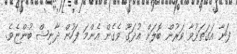
ފަނާ އަގަތަޅުވާ ވަރުން ބޮލަށް އުދަގޫ ވެގެން އެންމަ ފަހުން ދާނިޝް ބުންޏެވެ.